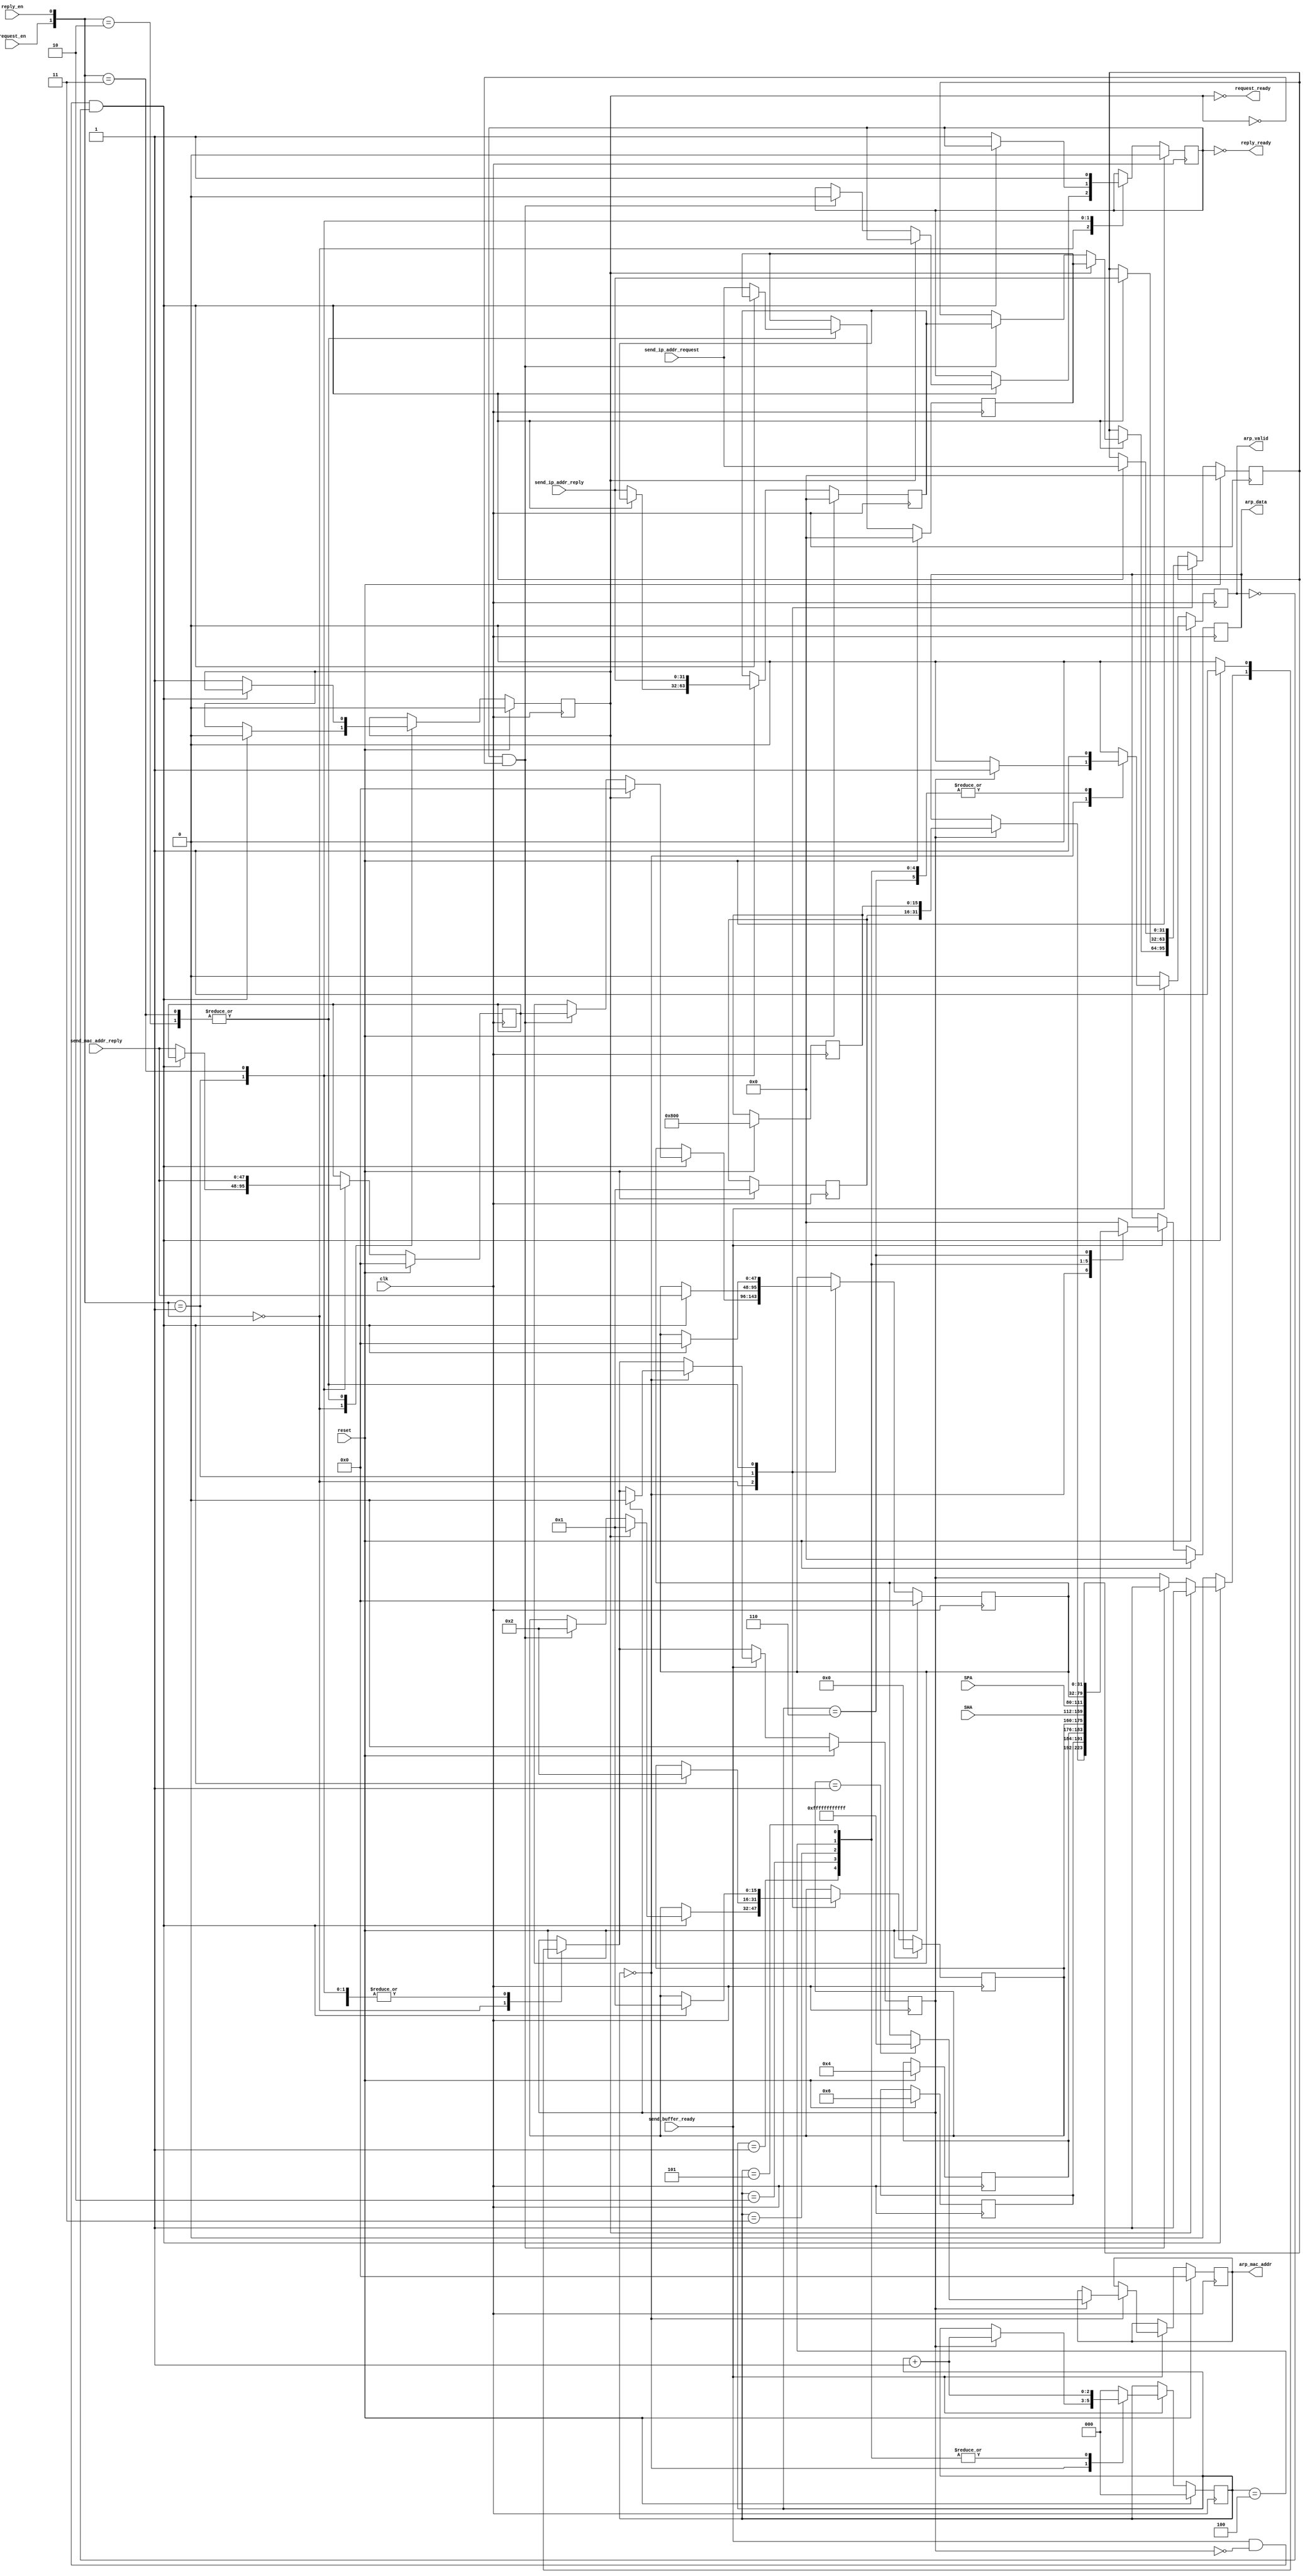
`define REQUEST	16'h0001
`define REPLY	16'h0002

/*************************
arp_send.v

Generates ARP packets based on IP and MAC addresses that need to be sent.

Inputs:
clk
reset
send_ip_addr_reply (from arp_rcv)
send_mac_addr_reply (from arp_rcv)
send_ip_addr_request (from send_buffer)
SPA (from ip_send)
SHA (from ip_send)
request_en (a bit that is high if a request needs to be sent)
reply_en (a bit that is high if a reply needs to be sent)
send_buffer_ready (enables sending of ARP packets to the send_buffer module)

Outputs:
arp_valid (to send_buffer)
arp_data (to send_buffer)
reply_ready (to arp_rcv)
request_ready (to send_buffer)
arp_mac_addr (to send_buffer)


jdp45 mjk64 hmm32
ece576 UDP project
cornell univ 11/2007
**************************/

module arp_send(
	input clk,
	input reset,
	input [31:0] send_ip_addr_reply,
	input [47:0] send_mac_addr_reply,
	input [31:0] send_ip_addr_request,
	input [31:0] SPA,
	input [47:0] SHA,
	input request_en,
	input reply_en,
	input send_buffer_ready,
	output reg arp_valid,
	output reg [31:0] arp_data,
	output reply_ready,
	output request_ready,
	output reg [47:0] arp_mac_addr
);

reg [2:0] word_counter;         //increments when ARP data is being received in 7 separate 32-bit words
reg [15:0] HTYPE, PTYPE, OPER;
reg [7:0] HLEN, PLEN;
reg [47:0] THA;
reg [31:0] TPA;
reg request_buffer_valid, reply_buffer_valid, clear_to_send;
reg [31:0] ip_request_buffer, ip_reply_buffer;
reg [47:0] mac_reply_buffer;

//only ready for new packets when buffers do not have valid data in them
assign request_ready = ~request_buffer_valid;
assign reply_ready = ~reply_buffer_valid;


always @(posedge clk) begin
       if (reset) begin
               	// initialization
               	word_counter <= 3'd0;
               	HTYPE <= 16'h0001;
               	PTYPE <= 16'h0800;
               	HLEN <= 8'h06;
               	PLEN <= 8'h04;
		OPER <= 16'h0;
		THA <= 48'h0;
		TPA <= 32'h0;
		clear_to_send <= 1'b0;
		request_buffer_valid <= 1'b0;
		reply_buffer_valid <= 1'b0;
		ip_request_buffer <= 32'b0;
		ip_reply_buffer <= 32'b0;
		mac_reply_buffer <= 32'b0;
		arp_mac_addr <= 48'b0;
		arp_valid <= 1'b0;
		arp_data <= 32'b0;
       end
       else begin
		case ({request_en, reply_en})
			2'b00:
			begin
				//check the buffers for data
				if ((send_buffer_ready) && (!clear_to_send) && (!arp_valid)) begin
					if (request_buffer_valid) begin
						OPER <= `REQUEST;
						TPA <= ip_request_buffer;
						THA <= 48'h0;
						request_buffer_valid <= 1'b0;
						clear_to_send <= 1'b1;
					end
					else if ((reply_buffer_valid) && (!request_buffer_valid)) begin
						OPER <= `REPLY;
						TPA <= ip_reply_buffer;
						THA <= mac_reply_buffer;
						reply_buffer_valid <= 1'b0;
						clear_to_send <= 1'b1;
					end
				end
				else begin
					clear_to_send <= 1'b0;
				end
			end
			2'b01:
			begin
				if ((send_buffer_ready) && (!clear_to_send) && (!arp_valid)) begin
					OPER <= `REPLY;
					TPA <= send_ip_addr_reply;
					THA <= send_mac_addr_reply;
					clear_to_send <= 1'b1;
				end
				else begin
					ip_reply_buffer <= send_ip_addr_reply;
					reply_buffer_valid <= 1'b1;
					mac_reply_buffer <= send_mac_addr_reply;
					clear_to_send <= 1'b0;
				end
			end
			2'b10:
			begin
				if ((send_buffer_ready) && (!clear_to_send) && (!arp_valid)) begin
					OPER <= `REQUEST;
					TPA <= send_ip_addr_request;
					THA <= 48'h0;
					clear_to_send <= 1'b1;
				end
				else begin
					ip_request_buffer <= send_ip_addr_request;
					request_buffer_valid <= 1'b1;
					clear_to_send <= 1'b0;
				end
			end
			2'b11:
			begin
				if ((send_buffer_ready) && (!clear_to_send) && (!arp_valid)) begin
					OPER <= `REQUEST;
					TPA <= send_ip_addr_request;
					THA <= 48'h0;
					clear_to_send <= 1'b1;
				end
				else begin
					ip_request_buffer <= send_ip_addr_request;
					request_buffer_valid <= 1'b1;
					clear_to_send <= 1'b0;
				end
				ip_reply_buffer <= send_ip_addr_reply;
				reply_buffer_valid <= 1'b1;
				mac_reply_buffer <= send_mac_addr_reply;
			end
			default:
			begin
				
			end
		endcase	
		//Data Tx state machine:
               	//send out ARP packets one word at a time when send_buffer_ready is high, 
		//and set the valid bit high when doing so.  increment through the 
		//words using word_counter.
               	if (send_buffer_ready) begin
                       	case (word_counter)
                               3'd0:
                               begin
					if (clear_to_send) begin //packet is beginning to be sent
						arp_data <= {HTYPE, PTYPE};
						arp_valid <= 1'b1;
                                       		word_counter <= word_counter + 1;
						clear_to_send <= 1'b0;

						//send MAC address independently of packet
						if (OPER == `REQUEST) begin
							arp_mac_addr <= 48'hFFFFFFFFFFFF;
						end
						else begin
							arp_mac_addr <= THA;
						end
					end
					else begin //packet just finished being sent... now we wait for another clear_to_send
						arp_valid <= 1'b0;
					end
                               end
                               3'd1:
                               begin
					arp_data <= {HLEN, PLEN, OPER};
					arp_valid <= 1'b1;
                                       	word_counter <= word_counter + 1;
                               end
                               3'd2:
                               begin
					arp_data <= SHA[47:16];
					arp_valid <= 1'b1;
                                       	word_counter <= word_counter + 1;
                               end
                               3'd3:
                               begin
					arp_data <= {SHA[15:0], SPA[31:16]};
					arp_valid <= 1'b1;
                                       	word_counter <= word_counter + 1;
                               end
                               3'd4:
                               begin
                                       	arp_data <= {SPA[15:0], THA[47:32]};
					arp_valid <= 1'b1;
                                       	word_counter <= word_counter + 1;
                               end
                               3'd5:
                               begin
                                       	arp_data <= THA[31:0];
					arp_valid <= 1'b1;
                                       	word_counter <= word_counter + 1;
                               end
                               3'd6:
                               begin
                                       	arp_data <= TPA;
					arp_valid <= 1'b1;
                                       	word_counter <= 3'd0;
                               end
                               default: //should not reach this state
                               begin
					arp_data <= 32'b0;
					arp_valid <= 1'b0;
                                       	word_counter <= 3'd0;
                               end
                      	endcase
			
               end
               else begin
			arp_valid <= 1'b0;
			//word_counter <= 3'd0;
               end
       end
end

endmodule